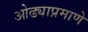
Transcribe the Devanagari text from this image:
ओढ्याप्रमाणे